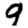
Digit: 9